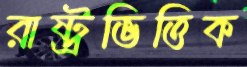
রাষ্ট্রভিত্তিক